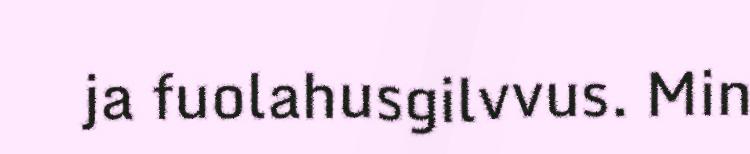
ja fuolahusgilvvus. Min